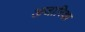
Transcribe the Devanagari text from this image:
अजारिका